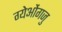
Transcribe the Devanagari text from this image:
ग्येओंगजु